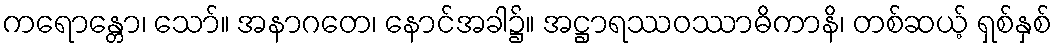
ကရောန္တော၊ သော်။ အနာဂတေ၊ နောင်အခါ၌။ အဋ္ဌာရဿဝဿာဓိကာနိ၊ တစ်ဆယ့် ရှစ်နှစ်